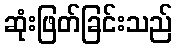
ဆုံးဖြတ်ခြင်းသည်